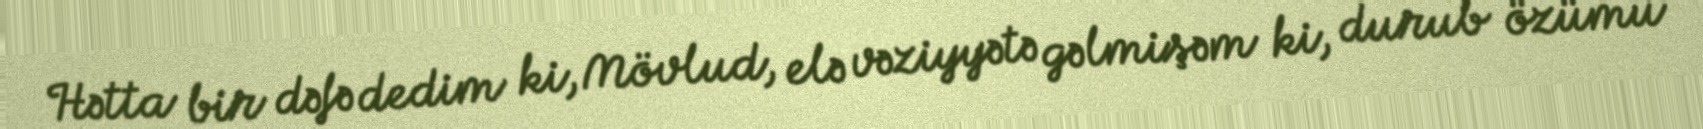
Hətta bir dəfə dedim ki, Mövlud, elə vəziyyətə gəlmişəm ki, durub özümü